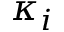
\kappa _ { i }